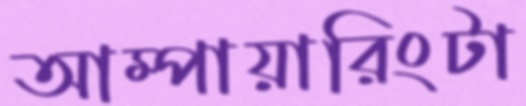
আম্পায়ারিংটা